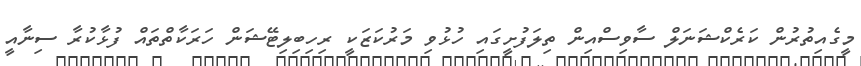
މީގެއިތުރުން ކަރެކްޝަނަލް ސާވިސްއިން ތިލަފުށީގައި ހުޅުވި މަރުކަޒަކީ ރިހިބިލިޓޭޝަން ހަރަކާތްތައް ފުޅާކުރާ ސިނާއީ